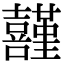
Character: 𡅸